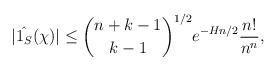
LaTeX: \begin{align*} |\hat{1_S}(\chi)| \leq \binom{n+k-1}{k-1}^{1/2} e^{-Hn/2} \frac{n!}{n^n},\end{align*}